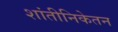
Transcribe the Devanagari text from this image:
शांतीनिकेतन